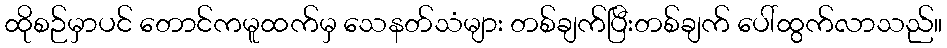
ထိုစဉ်မှာပင် တောင်ကမူထက်မှ သေနတ်သံများ တစ်ချက်ပြီးတစ်ချက် ပေါ်ထွက်လာသည်။